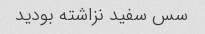
سس سفید نزاشته بودید